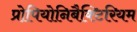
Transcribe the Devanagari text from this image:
प्रोपियोनिबैक्टिरियम